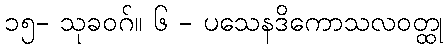
၁၅- သုခဝဂ်။ ၆ - ပသေနဒိကောသလဝတ္ထု